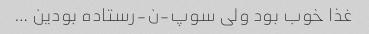
غذا خوب بود ولی سوپ-ن-رستاده بودین …